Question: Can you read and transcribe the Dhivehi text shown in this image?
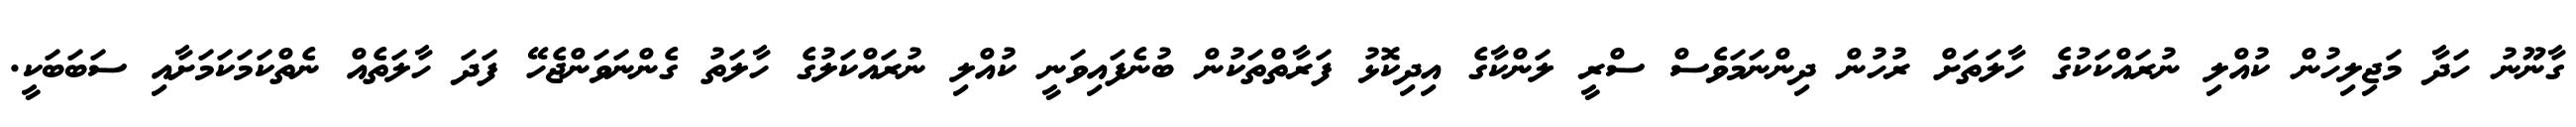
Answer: ގާނޫނު ހަދާ މަޖިލިހުން ކުއްލި ނުރައްކަކުގެ ހާލަތަށް ރުހުން ދިންނަމަވެސް ސްރީ ލަންކާގެ އިދިކޮޅު ފަރާތްތަކުން ބުނެފައިވަނީ ކުއްލި ނުރައްކަލުގެ ހާލަތު ގެންނަވަންޖެހޭ ފަދަ ހާލަތެއް ނެތްކަމަކަމަށާއި ސަބަބަކީ.